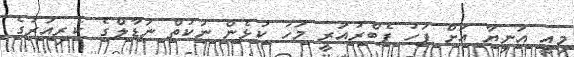
މިއީ އަނިޔާ އަށް ފަހު ފެބްރުއަރީ މަހު ކުޅެން ނުކުތް ނަޑާލްގެ ކެރިއަރުގެ